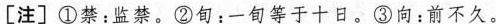
[注]①禁：监禁。②旬：一旬等于十日。③向：前不久。